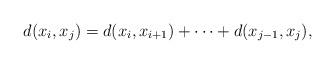
LaTeX: \begin{align*}d(x_i, x_j)=d(x_i, x_{i+1})+\dots+d(x_{j-1}, x_j), \end{align*}